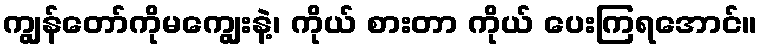
ကျွန်တော်ကိုမကျွေးနဲ့၊ ကိုယ် စားတာ ကိုယ် ပေးကြရအောင်။